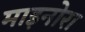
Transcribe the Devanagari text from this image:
माइनोरा